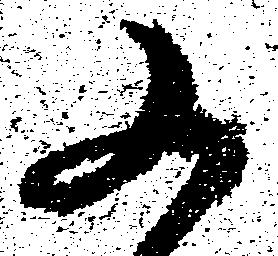
又